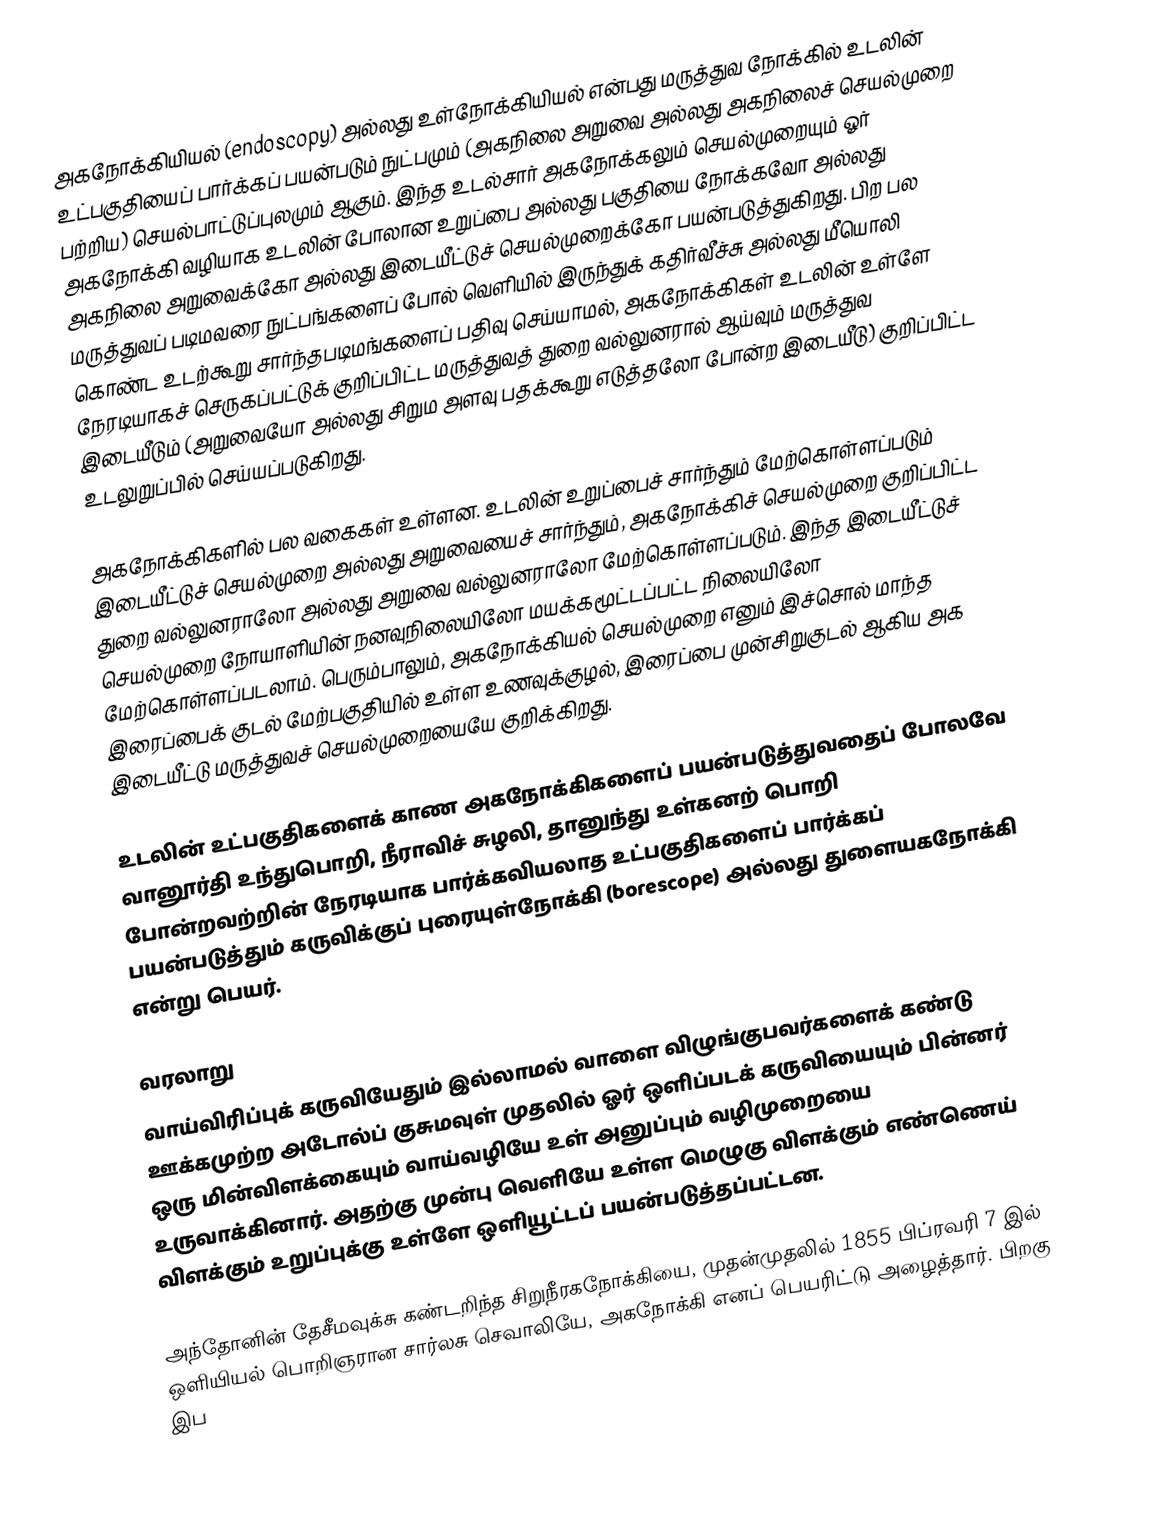
அகநோக்கியியல் (endoscopy)  அல்லது உள்நோக்கியியல் என்பது மருத்துவ நோக்கில் உடலின் உட்பகுதியைப் பார்க்கப் பயன்படும் நுட்பமும் (அகநிலை அறுவை அல்லது அகநிலைச் செயல்முறை பற்றிய) செயல்பாட்டுப்புலமும் ஆகும்.  இந்த உடல்சார்  அகநோக்கலும் செயல்முறையும் ஓர் அகநோக்கி வழியாக உடலின் போலான  உறுப்பை அல்லது பகுதியை நோக்கவோ அல்லது அகநிலை அறுவைக்கோ அல்லது இடையீட்டுச் செயல்முறைக்கோ பயன்படுத்துகிறது. பிற பல மருத்துவப் படிமவரை நுட்பங்களைப் போல் வெளியில் இருந்துக் கதிர்வீச்சு அல்லது மீயொலி கொண்ட  உடற்கூறு சார்ந்தபடிமங்களைப் பதிவு செய்யாமல், அகநோக்கிகள் உடலின் உள்ளே நேரடியாகச் செருகப்பட்டுக் குறிப்பிட்ட மருத்துவத் துறை வல்லுனரால் ஆய்வும் மருத்துவ இடையீடும் (அறுவையோ அல்லது சிறும அளவு பதக்கூறு எடுத்தலோ போன்ற இடையீடு) குறிப்பிட்ட உடலுறுப்பில் செய்யப்படுகிறது.

அகநோக்கிகளில் பல வகைகள் உள்ளன.  உடலின் உறுப்பைச் சார்ந்தும் மேற்கொள்ளப்படும் இடையீட்டுச் செயல்முறை அல்லது அறுவையைச் சார்ந்தும்,  அகநோக்கிச் செயல்முறை குறிப்பிட்ட துறை வல்லுனராலோ அல்லது அறுவை வல்லுனராலோ மேற்கொள்ளப்படும்.  இந்த இடையீட்டுச் செயல்முறை நோயாளியின் நனவுநிலையிலோ மயக்கமூட்டப்பட்ட நிலையிலோ மேற்கொள்ளப்படலாம். பெரும்பாலும்,  அகநோக்கியல் செயல்முறை   எனும் இச்சொல் மாந்த இரைப்பைக் குடல் மேற்பகுதியில்  உள்ள உணவுக்குழல், இரைப்பை முன்சிறுகுடல் ஆகிய அக இடையீட்டு மருத்துவச் செயல்முறையையே குறிக்கிறது.

உடலின் உட்பகுதிகளைக் காண  அகநோக்கிகளைப் பயன்படுத்துவதைப் போலவே வானூர்தி உந்துபொறி, நீராவிச் சுழலி, தானுந்து உள்கனற் பொறி போன்றவற்றின் நேரடியாக பார்க்கவியலாத உட்பகுதிகளைப் பார்க்கப் பயன்படுத்தும் கருவிக்குப் புரையுள்நோக்கி (borescope) அல்லது துளையகநோக்கி என்று பெயர்.

வரலாறு
வாய்விரிப்புக் கருவியேதும் இல்லாமல் வாளை விழுங்குபவர்களைக் கண்டு ஊக்கமுற்ற அடோல்ப் குசுமவுள் முதலில் ஓர் ஒளிப்படக் கருவியையும் பின்னர் ஒரு மின்விளக்கையும் வாய்வழியே உள் அனுப்பும் வழிமுறையை உருவாக்கினார். அதற்கு முன்பு வெளியே உள்ள மெழுகு விளக்கும் எண்ணெய் விளக்கும்  உறுப்புக்கு உள்ளே ஒளியூட்டப் பயன்படுத்தப்பட்டன.

அந்தோனின் தேசீமவுக்சு கண்டறிந்த சிறுநீரகநோக்கியை, முதன்முதலில் 1855 பிப்ரவரி 7 இல்  ஒளியியல் பொறிஞரான சார்லசு செவாலியே, அகநோக்கி எனப் பெயரிட்டு அழைத்தார். பிறகு இப